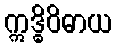
ဣဒ္ဓိဝိဓာယ